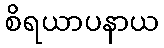
စိရယာပနာယ